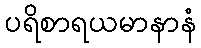
ပရိစာရယမာနာနံ